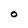
Character: O